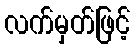
လက်မှတ်ဖြင့်